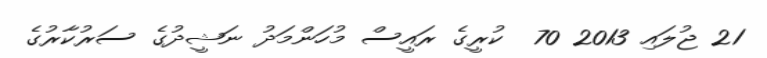
21 ޖުލައި 2013 70  ކުރީގެ ރައީސް މުހަންމަދު ނަޝީދުގެ ސަރުކާރުގެ